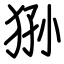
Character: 狲